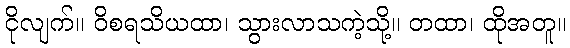
ငိုလျက်။ ဝိစရသိယထာ၊ သွားလာသကဲ့သို့။ တထာ၊ ထိုအတူ။